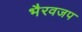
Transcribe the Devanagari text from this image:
भैरवजप